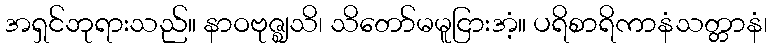
အရှင်ဘုရားသည်။ နာဝဗုဇ္ဈသိ၊ သိတော်မမူငြားအံ့။ ပရိစာရိကာနံသတ္တာနံ၊